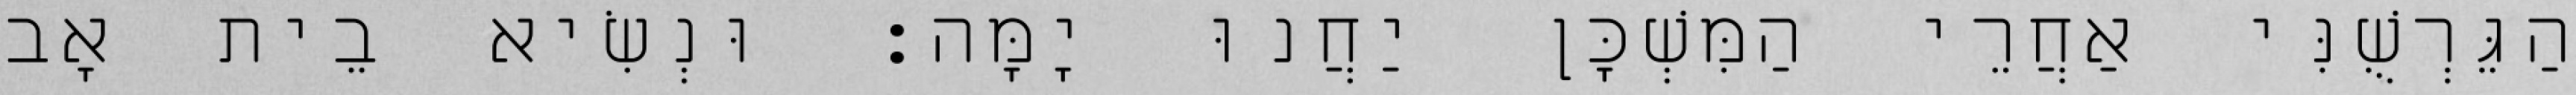
הַגֵּרְשֻׁנִּי אַחֲרֵי הַמִּשְׁכָּן יַחֲנוּ יָמָּה׃ וּנְשִׂיא בֵית אָב